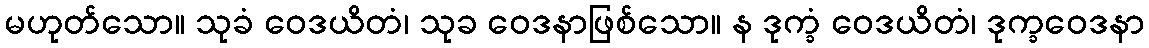
မဟုတ်သော။ သုခံ ဝေဒယိတံ၊ သုခ ဝေဒနာဖြစ်သော။ န ဒုက္ခံ ဝေဒယိတံ၊ ဒုက္ခဝေဒနာ